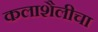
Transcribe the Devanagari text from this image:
कलाशैलीचा